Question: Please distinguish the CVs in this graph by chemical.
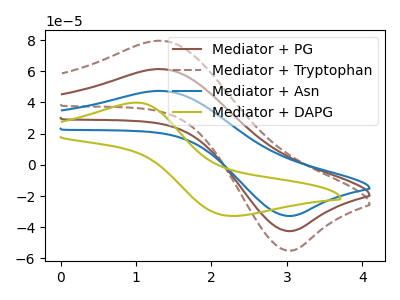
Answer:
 <answer>The brown curve is labeled "Mediator + PG". The brown dashed curve is labeled "Mediator + Tryptophan". The blue curve is labeled "Mediator + Asn". The olive curve is labeled "Mediator + DAPG".</answer>
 <eval></eval>